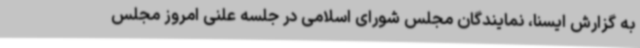
به گزارش ایسنا، نمایندگان مجلس شورای اسلامی در جلسه علنی امروز مجلس